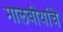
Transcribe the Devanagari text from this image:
मालवीयांचे